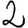
Digit: 2